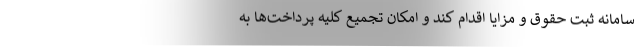
سامانه ثبت حقوق و مزایا اقدام کند و امکان تجمیع کلیه پرداخت‌ها به